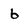
Character: 6